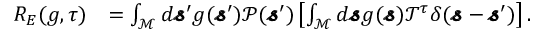
\begin{array} { r l } { R _ { E } ( g , \tau ) } & { = \int _ { \mathcal { M } } d \pmb { \mathscr { s } } ^ { \prime } g ( \pmb { \mathscr { s } } ^ { \prime } ) \mathscr { P } ( \pmb { \mathscr { s } } ^ { \prime } ) \left[ \int _ { \mathcal { M } } d \pmb { \mathscr { s } } g ( \pmb { \mathscr { s } } ) \mathscr { T } ^ { \tau } \delta ( \pmb { \mathscr { s } } - \pmb { \mathscr { s } } ^ { \prime } ) \right] . } \end{array}